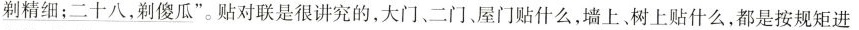
剃精细；二十八，剃傻瓜”。贴对联是很讲究的，大门、二门、屋门贴什么，墙上、树上贴什么，都是按规矩进